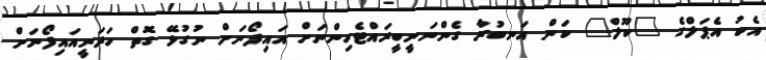
އެކު އެޕަލްގެ "ކޫލް" ކަން އަނބުރާ ގެންނަނީބީރައްޓެހިންނަށް އައިފޯނަށް ނުގުޅޭ ގޮތް ހަދަނީއައިފޯނަށް